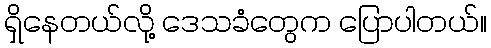
ရှိနေတယ်လို့ ဒေသခံတွေက ပြောပါတယ်။